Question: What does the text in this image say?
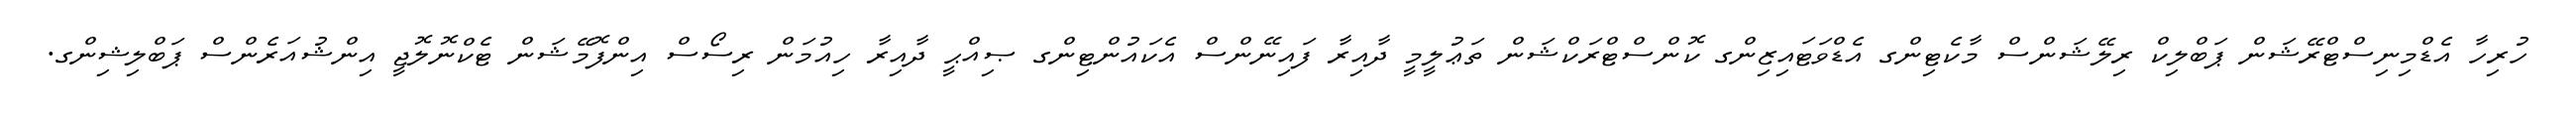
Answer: ހުރިހާ އެޑްމިނިސްޓްރޭޝަން ޕަބްލިކް ރިލޭޝަންސް މާކެޓިންގ އެޑްވަޓައިޒިންގ ކޮންސްޓްރަކްޝަން ތަޢުލީމީ ދާއިރާ ފައިނޭންސް އެކައުންޓިންގ ޞިއްޙީ ދާއިރާ ހިއުމަން ރިސޯސް އިންފޮމޭޝަން ޓެކްނޮލޮޖީ އިންޝުއަރެންސް ޕަބްލިޝިންގ.